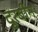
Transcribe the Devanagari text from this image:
दुरबीन